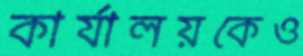
কার্যালয়কেও